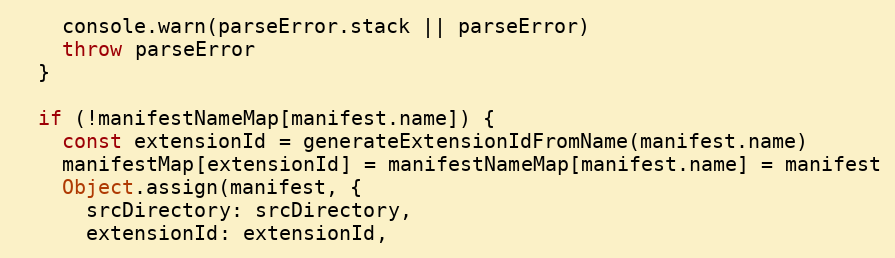
Language: JavaScript
    console.warn(parseError.stack || parseError)
    throw parseError
  }

  if (!manifestNameMap[manifest.name]) {
    const extensionId = generateExtensionIdFromName(manifest.name)
    manifestMap[extensionId] = manifestNameMap[manifest.name] = manifest
    Object.assign(manifest, {
      srcDirectory: srcDirectory,
      extensionId: extensionId,